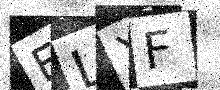
Text: ELXF